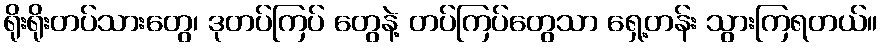
ရိုးရိုးတပ်သားတွေ၊ ဒုတပ်ကြပ် တွေနဲ့ တပ်ကြပ်တွေသာ ရှေ့တန်း သွားကြရတယ်။